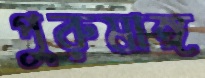
পুরুষাঙ্গ